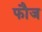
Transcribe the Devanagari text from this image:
फाैज